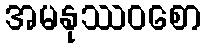
အမနုဿဝစော